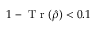
1 - \mathrm { ~ T ~ r ~ } ( \hat { \rho } ) < 0 . 1